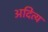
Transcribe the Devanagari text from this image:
अदित्य